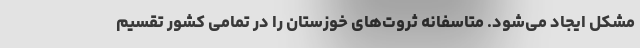
مشکل ایجاد می‌شود. متاسفانه ثروت‌های خوزستان را در تمامی کشور تقسیم